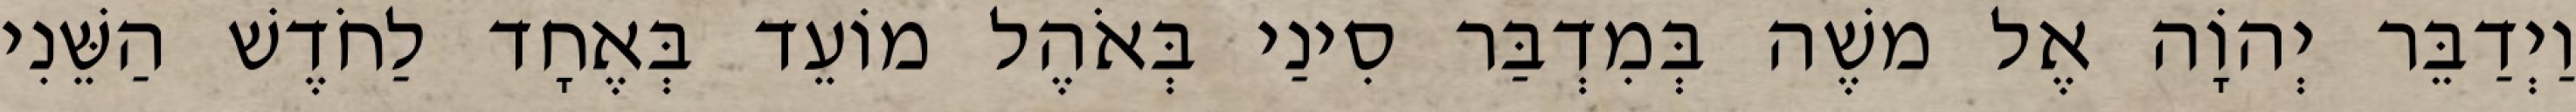
וַיְדַבֵּר יְהוָֹה אֶל משֶׁה בְּמִדְבַּר סִינַי בְּאֹהֶל מוֹעֵד בְּאֶחָד לַחֹדֶשׁ הַשֵּׁנִי